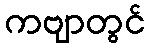
ကဗျာတွင်